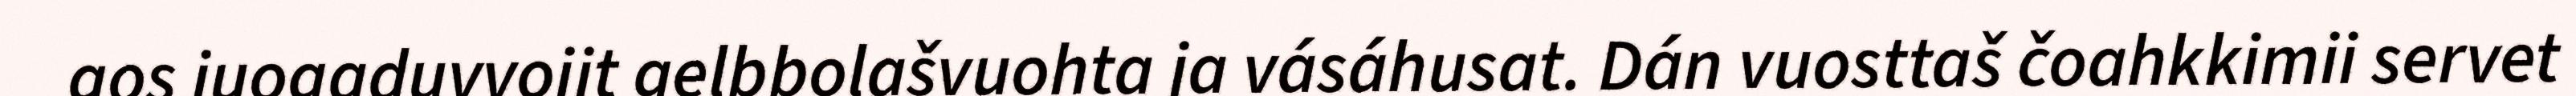
gos juogaduvvojit gelbbolašvuohta ja vásáhusat. Dán vuosttaš čoahkkimii servet